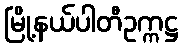
မြို့နယ်ပါတီဥက္ကဋ္ဌ